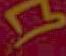
7